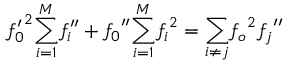
{ f _ { 0 } ^ { \prime } } ^ { 2 } { \sum _ { i = 1 } ^ { M } } { f _ { i } ^ { \prime \prime } } + { f _ { 0 } } ^ { \prime \prime } { \sum _ { i = 1 } ^ { M } } { f _ { i } } ^ { 2 } = { \sum _ { i \ne j } } { f _ { o } } ^ { 2 } { f _ { j } } ^ { \prime \prime }